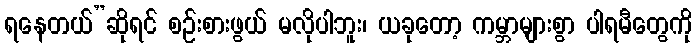
ရနေတယ်”ဆိုရင် စဉ်းစားဖွယ် မလိုပါဘူး၊ ယခုတော့ ကမ္ဘာများစွာ ပါရမီတွေကို